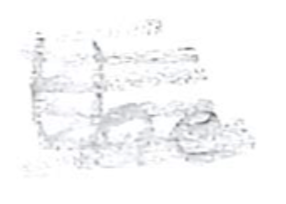
Text: the
Cross-out: scratch
Writing tool: pencil